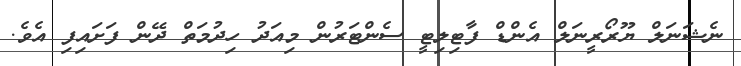
ނެޝަނަލް ޔޫރޯރީނަލް އެންޑް ފާޓިލިޓީ ސެންޓަރުން މިއަދު ހިދުމަތް ދޭން ފަށައިފި އެވެ.